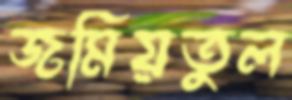
জমিয়তুল